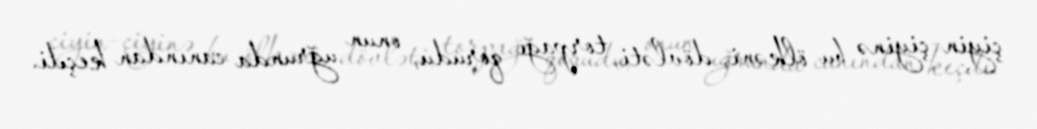
çiyin-çiyinə bu ölkəni, dövləti, torpağı qorudu, onun uğrunda canından keçdi.